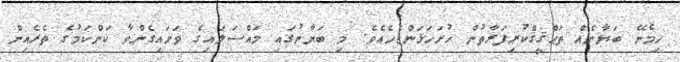
ހިމެނޭ ބަޔާނެއް ތަޙްޤީޤްކުރިފަރާތުން ހުށަހަޅަންޖެހެއެވެ. މި ބަޔާނުގައި މައްސަލައިގެ ވަށައިގެންވާ ކަންކަމުގެ ތެރެއިން